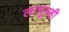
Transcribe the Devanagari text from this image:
लाभूनही